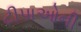
ટીપાઓની